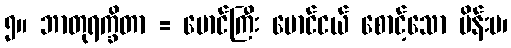
၅။ ဘာတုရက္ခိတာ = မောင်ကြီး မောင်ငယ် စောင့်သော မိန်းမ၊